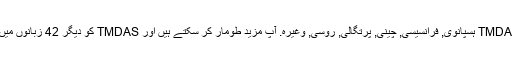
واپسی کے طور پر ، ہم کی مخفف کا ترجمہ کیا ہے TMDAS ہسپانوی, فرانسیسی, چینی, پرتگالی, روسی, وغیرہ. آپ مزید طومار کر سکتے ہیں اور TMDAS کو دیگر 42 زبانوں میں معنی تلاش کرنے کے لیے زبان مینیو پر کلک کریں ۔